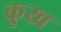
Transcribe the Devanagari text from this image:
कुख